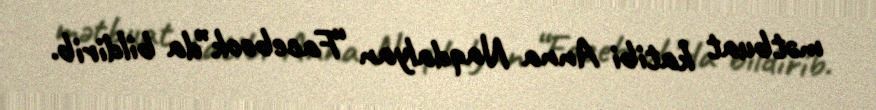
mətbuat katibi Anna Naqdalyan “Facebook”da bildirib.